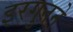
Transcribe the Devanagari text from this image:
इरगुनने